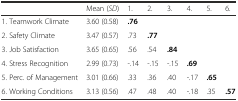
<table><thead><tr><td></td><td><b>Mean (<i>SD</i>)</b></td><td><b>1.</b></td><td><b>2.</b></td><td><b>3.</b></td><td><b>4.</b></td><td><b>5.</b></td><td><b>6.</b></td></tr></thead><tbody><tr><td>1. Teamwork Climate</td><td>3.60 (0.58)</td><td><b>.76</b></td><td></td><td></td><td></td><td></td><td></td></tr><tr><td>2. Safety Climate</td><td>3.47 (0.57)</td><td>.73</td><td><b>.77</b></td><td></td><td></td><td></td><td></td></tr><tr><td>3. Job Satisfaction</td><td>3.65 (0.65)</td><td>.56</td><td>.54</td><td><b>.84</b></td><td></td><td></td><td></td></tr><tr><td>4. Stress Recognition</td><td>2.99 (0.73)</td><td>-.14</td><td>-.15</td><td>-.15</td><td><b>.69</b></td><td></td><td></td></tr><tr><td>5. Perc. of Management</td><td>3.01 (0.66)</td><td>.33</td><td>.36</td><td>.40</td><td>-.17</td><td><b>.65</b></td><td></td></tr><tr><td>6. Working Conditions</td><td>3.13 (0.56)</td><td>.47</td><td>.48</td><td>.40</td><td>-.18</td><td>.35</td><td><b>.57</b></td></tr></tbody></table>